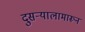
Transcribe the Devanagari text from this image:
दुसऱ्यालामारून